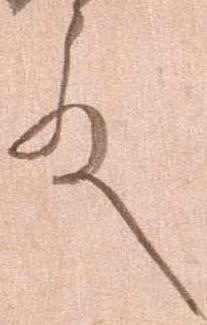
殿